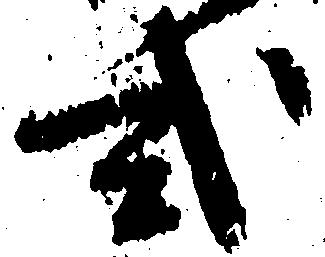
式